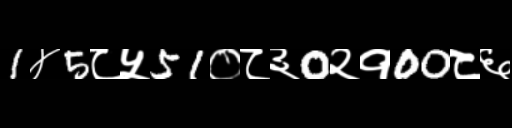
Text: 1४5८५51०८३0२१00८६